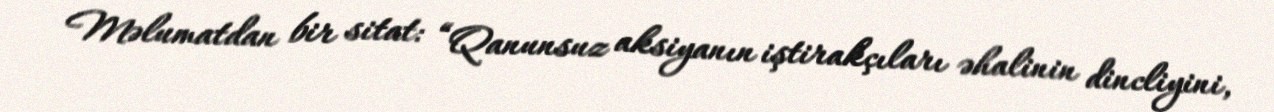
Məlumatdan bir sitat: “Qanunsuz aksiyanın iştirakçıları əhalinin dincliyini,